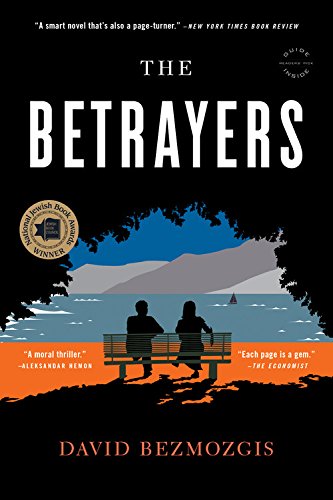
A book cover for The Betrayers: A Novel; David Bezmozgis; Literature & Fiction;